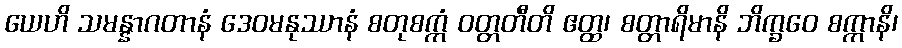
ယေဟိ သမန္နာဂတာနံ ဒေဝမနုဿာနံ စတုစက္ကံ ဝတ္တတီတိ ဧတ္ထ၊ စတ္တာရိမာနိ ဘိက္ခဝေ စက္ကာနိ၊